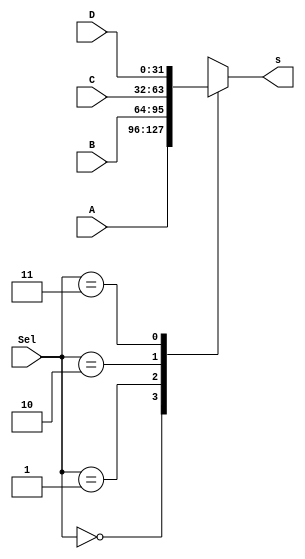
`timescale 1ns / 1ps
//////////////////////////////////////////////////////////////////////////////////
// Company: ITESO
// Module: Mux_4to1
// Description:
// Data Multiplexer. 
// If Sel == 00b then S = A
// If Sel == 01b then S = B
// If Sel == 10b then S = C
// If Sel == 11b then S = D
// 
//////////////////////////////////////////////////////////////////////////////////

module Mux_4to1 #(parameter InLength=32)(
	input [InLength-1:0]A, B, C, D,
	input [1:0]Sel,
	output reg[InLength-1:0]s
);
	
always @*
begin
	case (Sel)
		2'b00:s=A;
		2'b01:s=B;
		2'b10:s=C;
		2'b11:s=D;
	endcase
end
endmodule